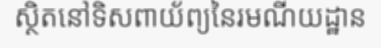
ស្ថិតនៅទិសពាយ័ព្យនៃរមណីយដ្ឋាន